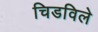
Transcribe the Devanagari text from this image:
चिडविले